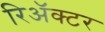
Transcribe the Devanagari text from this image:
रिॲक्टर